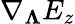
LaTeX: \nabla_{\boldsymbol{\Lambda}}E_{z}